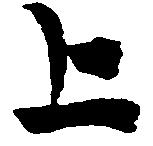
上